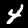
Digit: 4